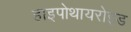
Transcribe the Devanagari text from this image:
हाइपोथायरोइड